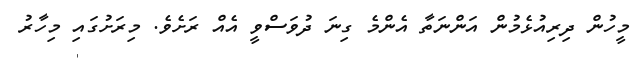
މީހުން ދިރިއުޅެމުން އަންނަތާ އެންމެ ގިނަ ދުވަސްވީ އެއް ރަށެވެ. މިރަށުގައި މިހާރު